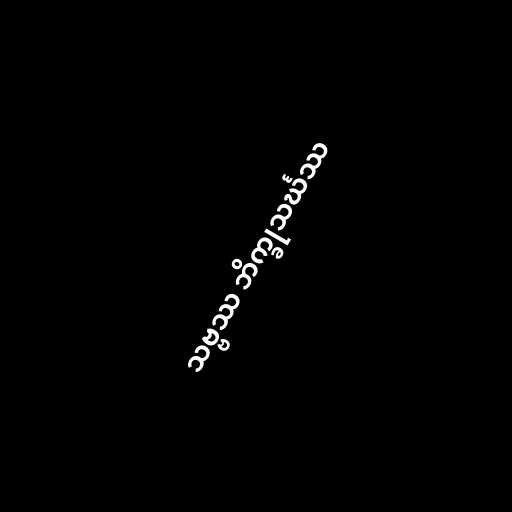
သဗ္ဗဿ ဘိက္ခုသင်္ဃဿ